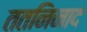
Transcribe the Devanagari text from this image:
ततनिनाद